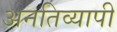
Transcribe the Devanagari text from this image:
अनतिव्यापी